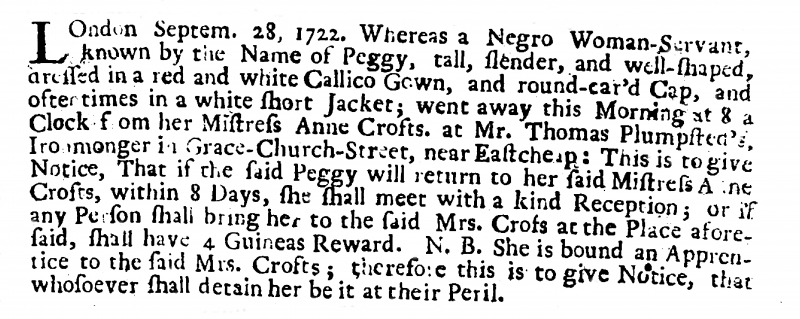
Weekly Journal or Saturday’s Post, 6 October 1722 (England)
LOndon Septem. 28, 1722. Whereas a Negro Woman-Servant, known by the Name of Peggy, tall, slender, and well-shaped, dressed in a red and white Callico Gown, and round-ear’d Cap, and oftentimes in a white short Jacket; went away this Morning at 8 a Clock from her Mistress Anne Crofts. at Mr. Thomas Plumpsted’s, Ironmonger in Grace-Church-Street, near Eastcheap: This is to give Notice, That if the said Peggy will return to her said Mistress Anne Crofts, within 8 Days, she shall meet with a kind Reception; or if any Person shall bring her to the said Mrs. Crofs at the Place aforesaid, shall have 4 Guineas Reward. N.B. She is bound an Apprentice to the said Mrs. Crofts; therefore this is to give Notice, that whosoever shall detain her be it at their Peril.